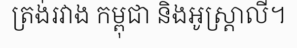
ត្រង់រវាង កម្ពុជា និងអូស្ត្រាលី។